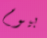
بيوم